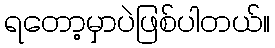
ရတော့မှာပဲဖြစ်ပါတယ်။